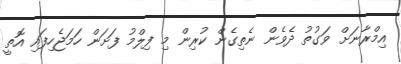
އިމްރާނަށް ވަގުތު ދެވެން ނެތިގެން ކުރިން މި ފިލްމު ފަށަން ހަމަޖެހިފައި އޮތީ